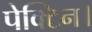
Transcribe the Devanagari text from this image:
पेक्टिन।